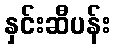
နှင်းဆီပန်း